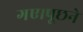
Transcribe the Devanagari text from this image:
गए।पूछने